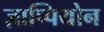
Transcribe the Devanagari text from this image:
ज़ाप्पियोन